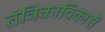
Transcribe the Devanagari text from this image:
तंत्रिकाविकारों